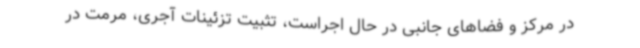
در مرکز و فضاهای جانبی در حال اجراست، تثبیت تزئینات آجری، مرمت در